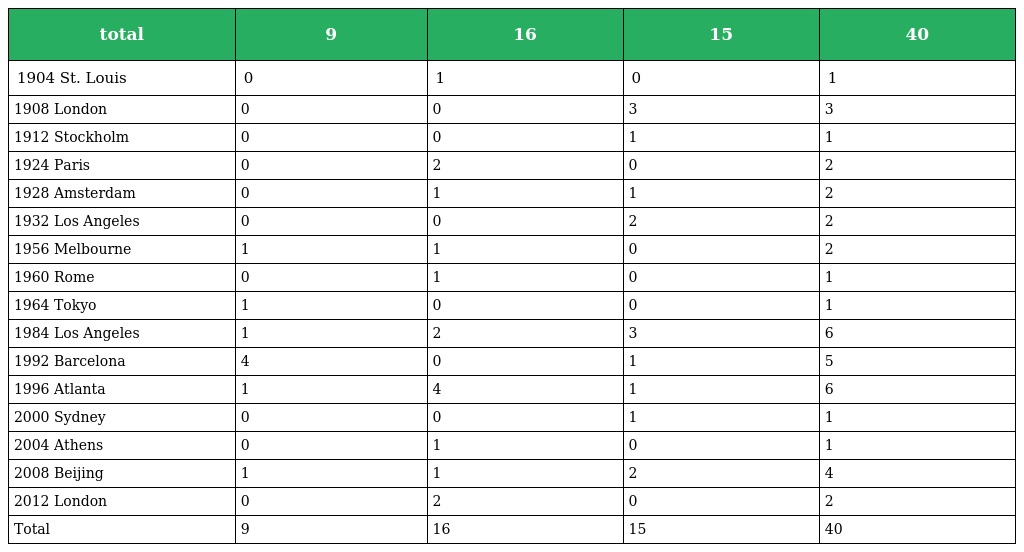
| total | 9 | 16 | 15 | 40 |
 | --- | --- | --- | --- | --- |
 | 1904 St. Louis | 0 | 1 | 0 | 1 |
 | 1908 London | 0 | 0 | 3 | 3 |
 | 1912 Stockholm | 0 | 0 | 1 | 1 |
 | 1924 Paris | 0 | 2 | 0 | 2 |
 | 1928 Amsterdam | 0 | 1 | 1 | 2 |
 | 1932 Los Angeles | 0 | 0 | 2 | 2 |
 | 1956 Melbourne | 1 | 1 | 0 | 2 |
 | 1960 Rome | 0 | 1 | 0 | 1 |
 | 1964 Tokyo | 1 | 0 | 0 | 1 |
 | 1984 Los Angeles | 1 | 2 | 3 | 6 |
 | 1992 Barcelona | 4 | 0 | 1 | 5 |
 | 1996 Atlanta | 1 | 4 | 1 | 6 |
 | 2000 Sydney | 0 | 0 | 1 | 1 |
 | 2004 Athens | 0 | 1 | 0 | 1 |
 | 2008 Beijing | 1 | 1 | 2 | 4 |
 | 2012 London | 0 | 2 | 0 | 2 |
 | Total | 9 | 16 | 15 | 40 |